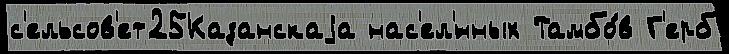
с'ельсов'ет25Казанскаjа нас'ел'́нных Тамбо́в Г'ерб